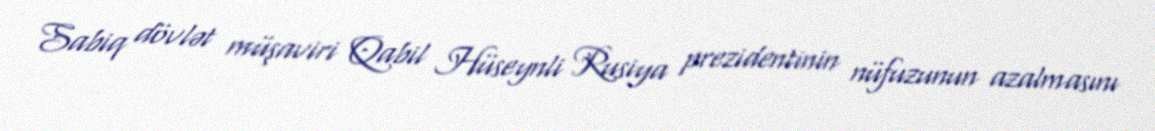
Sabiq dövlət müşaviri Qabil Hüseynli Rusiya prezidentinin nüfuzunun azalmasını